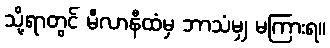
သို့ရာတွင် မီလာနီထံမှ ဘာသံမျှ မကြားရ။